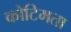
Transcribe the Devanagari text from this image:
कोटिमता